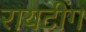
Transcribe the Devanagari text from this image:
रायटींग